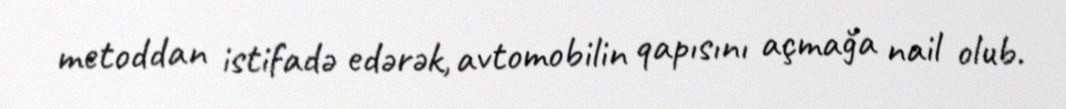
metoddan istifadə edərək, avtomobilin qapısını açmağa nail olub.